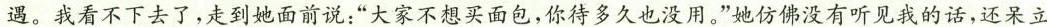
遇。我看不下去了，走到她面前说：”大家不想买面包，你待多久也没用。”她仿佛没有听见我的话，还呆立